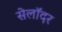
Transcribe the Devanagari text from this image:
सेलॉदर